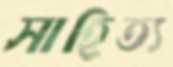
সাহিত্য